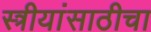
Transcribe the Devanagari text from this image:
स्त्रीयांसाठीचा